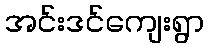
အင်းဒင်ကျေးရွာ